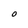
Character: O